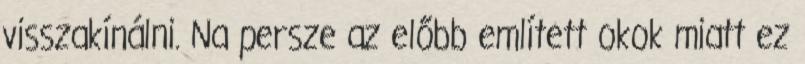
visszakínálni. Na persze az előbb említett okok miatt ez